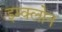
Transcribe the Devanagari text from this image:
इम्‍क्‍लोन